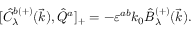
{ [ } \hat { C } _ { \lambda } ^ { b ( + ) } ( \vec { k } ) , \hat { Q } ^ { a } ] _ { + } = - \varepsilon ^ { a b } k _ { 0 } \hat { B } _ { \lambda } ^ { ( + ) } ( \vec { k } ) .